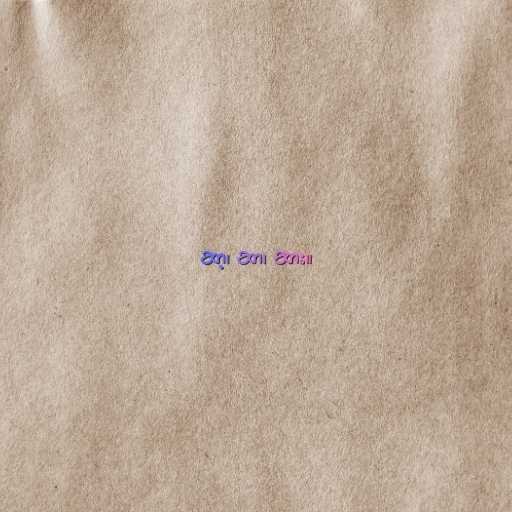
ဆာ့၊ ဆာ၊ ဆား။